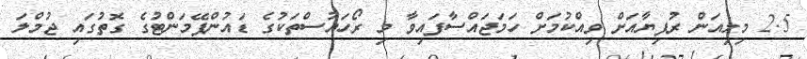
2.5 މިލިއަން ރުފިޔާއަށް ވިއްކުމަށް ހަމަޖައްސާފައިވާ މި ރޯހައުސްތަކުގެ ޑައުންޕޭމަންޓުގެ ގޮތުގައި ޖުމްލަ